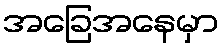
အခြေအနေမှာ